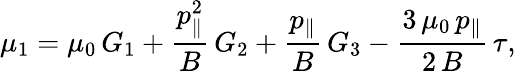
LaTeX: \mu_{1}=\mu_{0}\, G_{1}+\frac{p_{\parallel}^{2}}{B}\, G_{2}+\frac{p_{\parallel}}{B}\, G_{3}-\frac{3\, \mu_{0}\, p_{\parallel}}{2\, B}\, \tau,